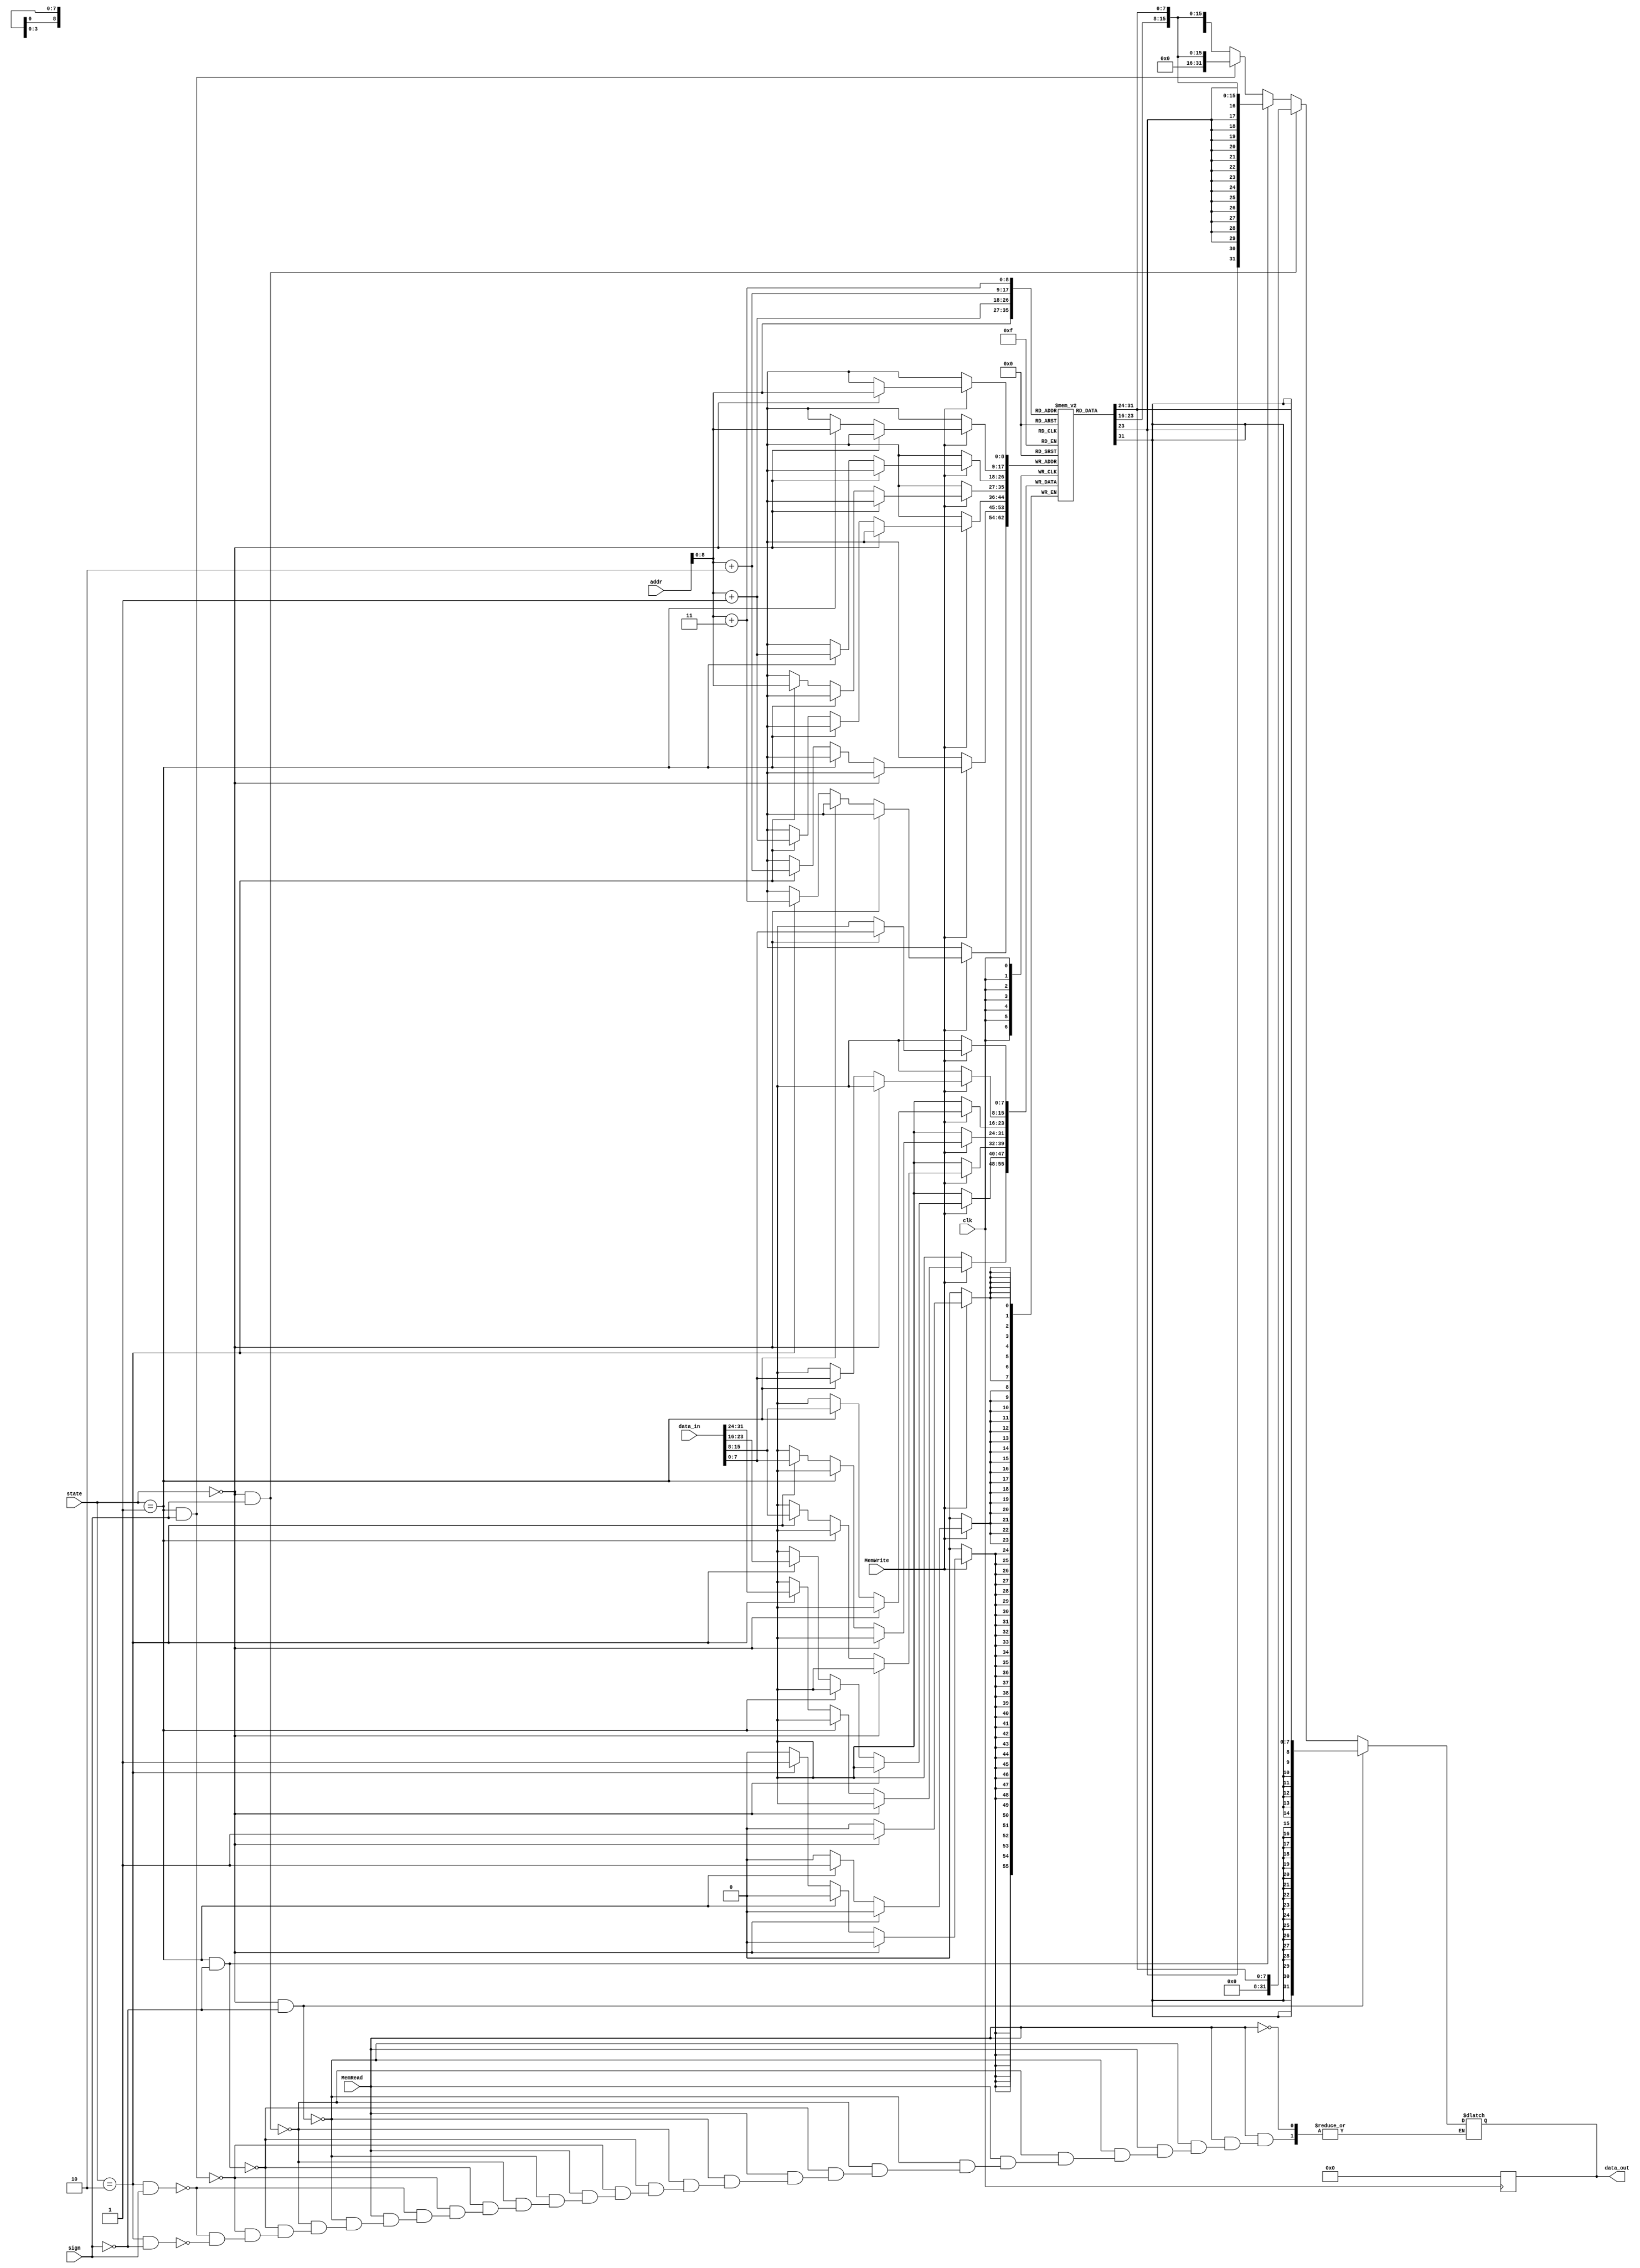
`timescale 1ns/1ns

module datamem
(input clk, input MemRead, input MemWrite,
input [31:0] addr, input [31:0] data_in, input [1:0] state, input sign, output reg [31:0] data_out);

reg [7:0] mem [500:0]; //Byte addressable memory (1 GB elemetns each elemtns contains 8 bits)
always @(posedge clk) begin

data_out = 0;
if (MemWrite) begin
//

    //Store Byte 
if (state == 0) begin
        mem[addr] <= data_in[7:0];
//Store Half 
end else if (state == 1) begin

    mem[addr] <= data_in[7:0];
    mem[addr+1] <= data_in[15:8];
 
//Store Word
end else if (state == 2) begin
// store word signed
        mem[addr] <= data_in[7:0];
        mem[addr+1] <= data_in[15:8];
        mem[addr+2] <= data_in[23:16];
        mem[addr+3] <= data_in[31:24];
    end
end //if memWrite
end //alwasy closing

always @(*) begin 

if (MemRead) begin
    //Load Byte signed
    if (state == 0 && sign == 0) begin
        data_out <= {{24{mem[addr][7]}},mem[addr]};           
        //load byte unsigned
    end else if (state ==0 && sign == 1) begin
        data_out <= {24'b0,mem[addr]};    
    //Load Half signed
    end else if (state == 1 && sign == 0) begin  
           data_out = {{16{mem[addr+1][7]}},mem[addr+1], mem[addr]};
        //load half unsigned
    end else if (state == 1 && sign == 1) begin
        data_out = {16'b0,mem[addr+1], mem[addr]};
        //Load Word signed
    end else if (state == 2 && sign == 1) begin
           data_out = {mem[addr+3],mem[addr+2],mem[addr+1], mem[addr]};
        //load Word unsigned
    end else if (state == 2 && sign == 0) begin
        data_out = {mem[addr+3],mem[addr+2],mem[addr+1], mem[addr]};
   

    end
//closing if memRead
end

//clsing always
end

initial begin
	mem[0]=8'b00000011;  
	mem[1]=8'b00000000;
	mem[2]=8'b00000000;
	mem[3]=8'b00000001;
	mem[4]=8'b00001010;
	mem[5]=8'b00000000;
	mem[6]=8'b00000000;
	mem[7]=8'b00000000;
	mem[8]=8'b00000101;
	mem[9]=8'b00000000;
	mem[10]=8'b00000000;
	mem[11]=8'b00000000;
	//mem[3]=8'd17;
	//mem[4]=8'd9;
	//mem[5]=8'd25;
end

endmodule